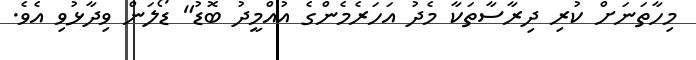
މިހާތަނަށް ކުރި ދިރާސާތަކާ މެދު އަހަރެމެންގެ އުއްމީދު ބޮޑު" ޑޯލަން ވިދާޅުވި އެވެ.